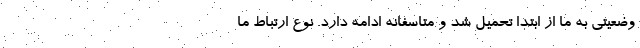
وضعيتي به ما از ابتدا تحميل شد و متاسفانه ادامه دارد. نوع ارتباط ما